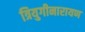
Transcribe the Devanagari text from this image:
त्रियुगीनारायण